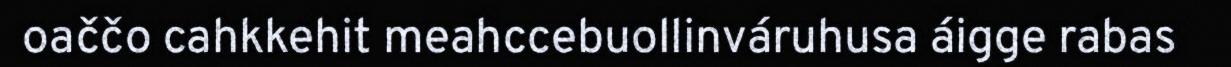
oaččo cahkkehit meahccebuollinváruhusa áigge rabas